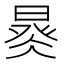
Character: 𣈩